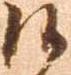
候